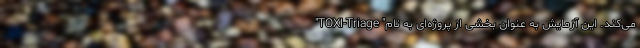
می‌کند. این آزمایش به عنوان بخشی از پروژه‌ای به نام" TOXI-Triage"